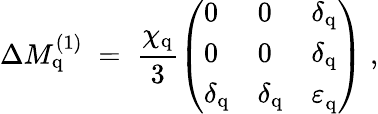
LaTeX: \Delta M_{\mathrm{q}}^{(1)}\; =\; \frac{\chi_{\mathrm{q}}}{3}\left(\begin{array}{lll}{{0}}&{{0}}&{{\delta_{\mathrm{q}}}}\\ {{0}}&{{0}}&{{\delta_{\mathrm{q}}}}\\ {{\delta_{\mathrm{q}}}}&{{\delta_{\mathrm{q}}}}&{{\varepsilon_{\mathrm{q}}^{~}}}\end{array}\right)\; ,